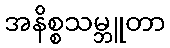
အနိစ္စသမ္ဘူတာ